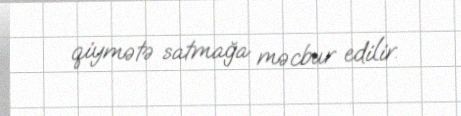
qiymətə satmağa məcbur edilir.